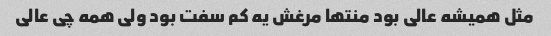
مثل همیشه عالی بود منتها مرغش یه کم سفت بود ولی همه چی عالی